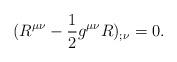
LaTeX: \begin{align*}(R^{\mu\nu}-\frac{1}{2}g^{\mu\nu}R)_{;\nu}=0.\end{align*}